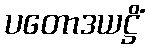
ပတောဒယဋ္ဌိံ